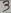
Text: 3